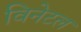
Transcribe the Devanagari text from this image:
विनेटल